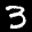
Label: 3